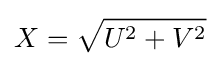
X={\sqrt {U^{2}+V^{2}}}